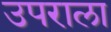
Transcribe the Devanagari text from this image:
उपराला